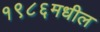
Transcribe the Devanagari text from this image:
१९८६मधील